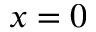
x = 0